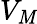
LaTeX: V_{\mathit{M}}